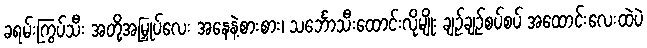
ခရမ်းကြွပ်သီး အတို့အမြှုပ်လေး အနေနဲ့စားစား၊ သင်္ဘောသီးထောင်းလိုမျိုး ချဉ်ချဉ်စပ်စပ် အထောင်းလေးထဲပဲ